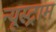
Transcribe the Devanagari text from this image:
न्यूस्ट्राम